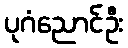
ပုဂံညောင်ဦး